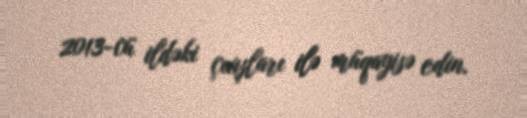
2013-cü ildəki çıxışları ilə müqayisə edin.